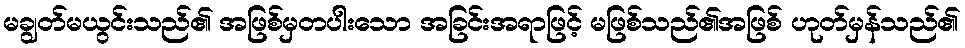
မချွတ်မယွင်းသည်၏ အဖြစ်မှတပါးသော အခြင်းအရာဖြင့် မဖြစ်သည်၏အဖြစ် ဟုတ်မှန်သည်၏